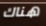
هناك